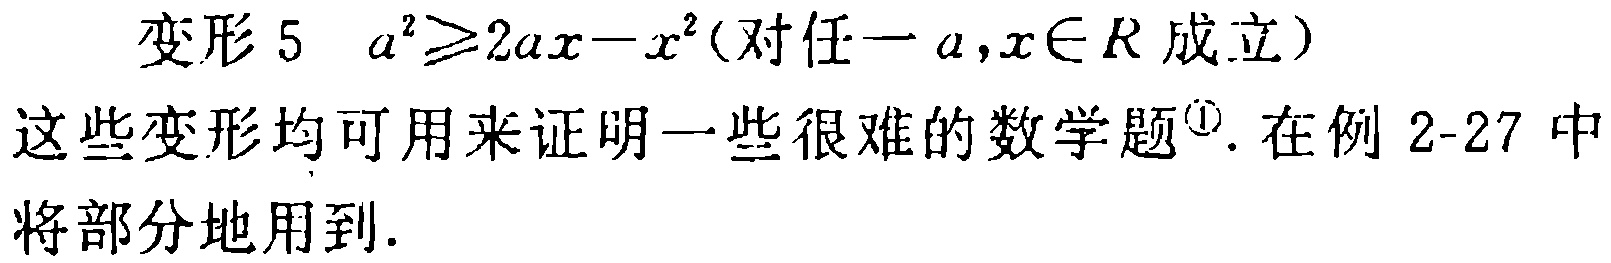
变形 5 $a^{2}\geqslant 2ax - x^{2}$(对任一$a,x\in R$成立)
这些变形均可用来证明一些很难的数学题\footnotemark[1]. 在例 2-27 中将部分地用到.